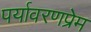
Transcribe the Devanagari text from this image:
पर्यावरणप्रेम